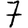
Digit: 7